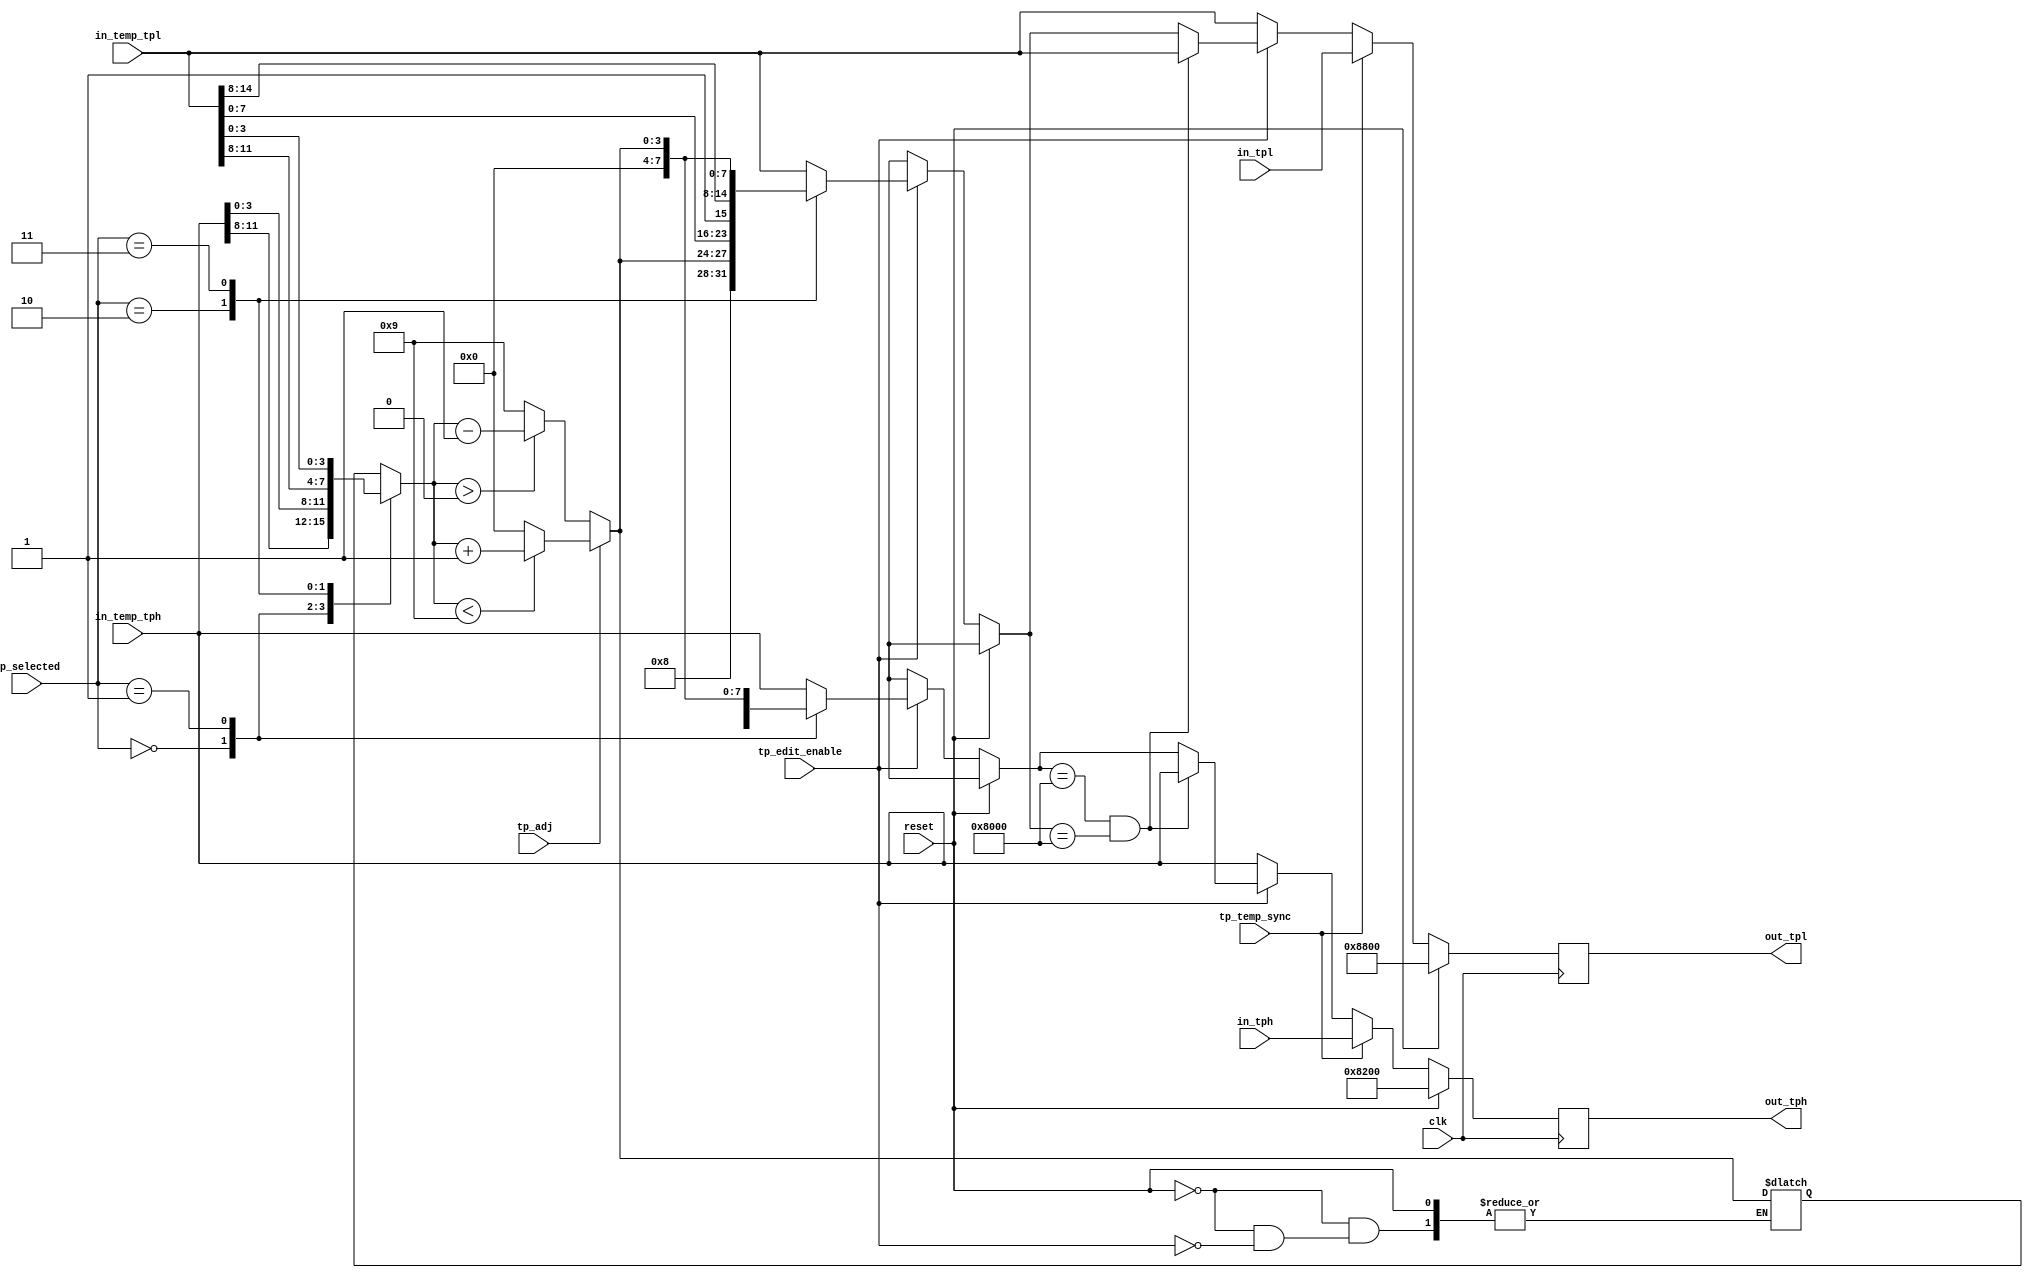
module time_pulse_control
(
    input wire                  clk,
    input wire                  reset,
    input wire [15:0]           in_tph,
    input wire [15:0]           in_tpl,
    input wire [15:0]           in_temp_tph,
    input wire [15:0]           in_temp_tpl,
    input wire                  tp_edit_enable,
    input wire [2:0]            tp_selected,
    input wire                  tp_adj,
    input wire                  tp_temp_sync,
    output reg [15:0]           out_tph,
    output reg [15:0]           out_tpl
);
    
    reg [3:0]                   temp_val;
    
    reg [15:0]                  next_tph;
    reg [15:0]                  next_tpl;
    
    
    always @(posedge clk) begin
        if(reset) begin
            out_tph<={1'b1,7'h2, 8'h0};
            out_tpl<={1'b1,7'h8, 8'h0};
        end else begin
            out_tph<=next_tph;
            out_tpl<=next_tpl;
        end
    end
    
    
    always @(*) begin
        if(reset) begin
            next_tph<={1'b1,7'h2, 8'h0};
            next_tpl<={1'b1,7'h8, 8'h0};
        end else begin
            next_tph=in_temp_tph;
            next_tpl=in_temp_tpl;
            
            
            
            if(tp_edit_enable==1'b1) begin
                // Get the input value
                case(tp_selected)
                    0: temp_val = in_temp_tph[11:8];
                    1: temp_val = in_temp_tph[3:0];
                    2: temp_val = in_temp_tpl[11:8];
                    3: temp_val = in_temp_tpl[3:0];
                endcase
                
                if (tp_adj == 1'b1) begin
                    // attempt to increment by 1
                    if (temp_val < 9) temp_val=temp_val+1;
                    else temp_val=0;
                end else begin
                    // attempt to decrement by 1
                    if (temp_val > 0) temp_val=temp_val-1;
                    else temp_val=9;
                end
                
                // Update the output values.
                case(tp_selected)
                    0: next_tph={1'b1, 3'b0, temp_val, in_temp_tph[7:0]};
                    1: next_tph={1'b1, in_temp_tph[14:8], 4'b0, temp_val};
                    2: next_tpl={1'b1, 3'b0, temp_val, in_temp_tpl[7:0]};
                    3: next_tpl={1'b1, in_temp_tpl[14:8], 4'b0, temp_val};
                endcase
                
                // Ensure both tph and tpl are not zero.
                if (next_tph=={1'b1, 15'b0} & next_tpl == {1'b1, 15'b0}) begin
                    next_tph=in_temp_tph;
                    next_tpl=in_temp_tpl;
                end
            end
            
            if (tp_temp_sync) begin
                next_tph=in_tph;
                next_tpl=in_tpl;
            end
        end
    end
    
 endmodule